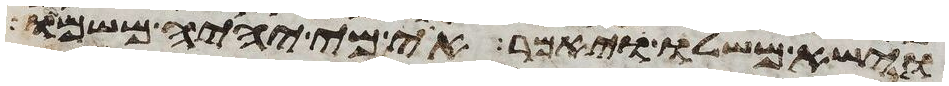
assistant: וישא משלו ויאמר אוי מי יהיה משמו